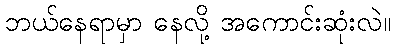
ဘယ်နေရာမှာ နေလို့ အကောင်းဆုံးလဲ။